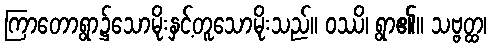
ကြာတောရွာ၌သောမိုးနှင့်တူသောမိုးသည်။ ဝဿိ၊ ရွာ၏။ သဗ္ဗတ္ထ၊